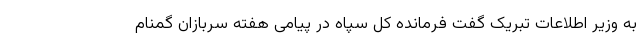
به وزیر اطلاعات تبریک گفت فرمانده کل سپاه در پیامی هفته سربازان گمنام